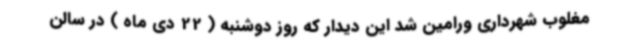
مغلوب شهرداری ورامین شد این دیدار که روز دوشنبه ( 22 دی ماه ) در سالن